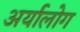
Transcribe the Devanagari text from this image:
अर्यालोग